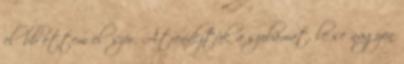
előbb ettem először. Átrendeztük a szobámat, le se nagyon